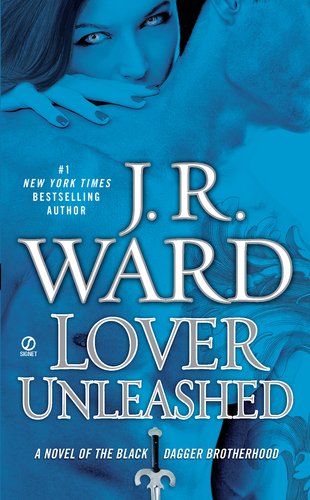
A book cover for Lover Unleashed (Black Dagger Brotherhood, Book 9); J.R. Ward; Romance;